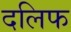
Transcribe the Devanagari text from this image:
दलिफ